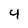
Character: 4